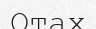
Отах